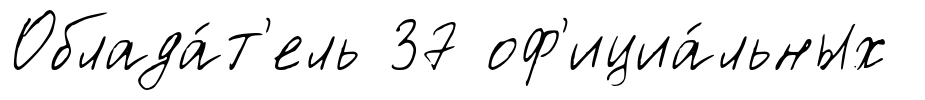
Облада́т'ель 37 оф'ициа́льных